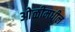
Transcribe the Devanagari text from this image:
ओळीमधील